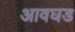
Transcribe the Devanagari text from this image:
आवघड